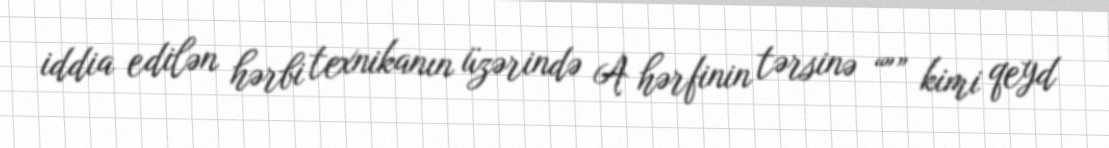
iddia edilən hərbi texnikanın üzərində A hərfinin tərsinə “"” kimi qeyd